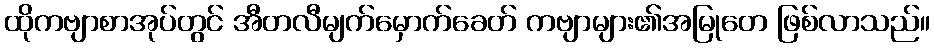
ထိုကဗျာစာအုပ်တွင် အီတလီမျက်မှောက်ခေတ် ကဗျာများ၏အမြုတေ ဖြစ်လာသည်။